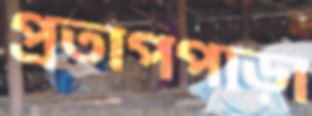
প্রতাপপাড়া